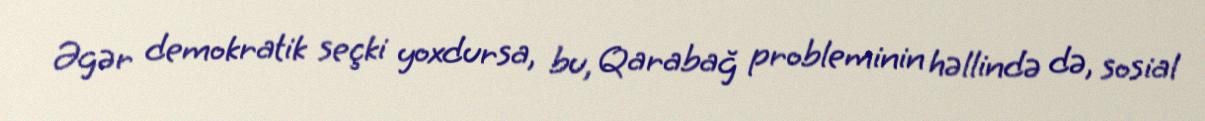
Əgər demokratik seçki yoxdursa, bu, Qarabağ probleminin həllində də, sosial